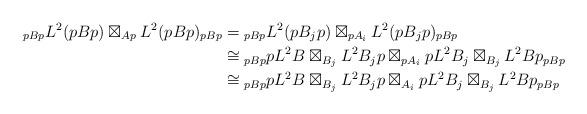
LaTeX: \begin{align*}{}_{pBp}L^2(pBp) \boxtimes_{Ap} L^2(pBp){}_{pBp} &={}_{pBp}L^2(pB_jp) \boxtimes_{pA_i} L^2(pB_jp){}_{pBp} \\&\cong{}_{pBp} pL^2B \boxtimes_{B_j} L^2B_j p \boxtimes_{pA_i} pL^2B_j \boxtimes_{B_j} L^2Bp {}_{pBp}\\&\cong{}_{pBp} pL^2B \boxtimes_{B_j} L^2B_j p \boxtimes_{A_i} pL^2B_j \boxtimes_{B_j} L^2Bp {}_{pBp}\end{align*}